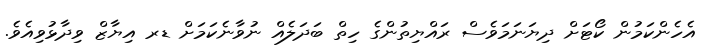
އެހެންކަމުން ކޯޓަށް ދިޔަނަމަވެސް ރައްޔިތުންގެ ހިތް ބަދަލެއް ނުވާނެކަމަށް ޑރ އިޔާޒް ވިދާޅުވިއެވެ.